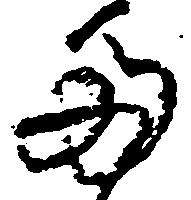
多